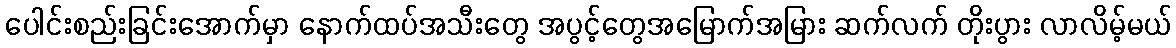
ပေါင်းစည်းခြင်းအောက်မှာ နောက်ထပ်အသီးတွေ အပွင့်တွေအမြောက်အမြား ဆက်လက် တိုးပွား လာလိမ့်မယ်